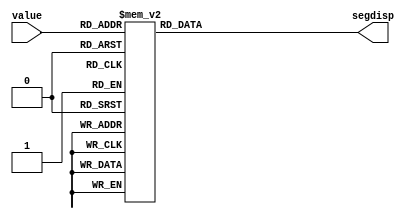
`timescale 1ns / 1ps

module translate(input [4:0] value, output reg [7:0] segdisp);
    always @ (value) begin
        case (value)
            0: segdisp <= 8'b11000000; // 0
            1: segdisp <= 8'b11111001; // 1
            2: segdisp <= 8'b10100100; // 2
            3: segdisp <= 8'b10110000; // 3
            4: segdisp <= 8'b10011001; // 4
            5: segdisp <= 8'b10010010; // 5
            6: segdisp <= 8'b10000010; // 6
            7: segdisp <= 8'b11111000; // 7
            8: segdisp <= 8'b10000000; // 8
            9: segdisp <= 8'b10010000; // 9
            11: segdisp <= 8'b10001100; // P
            12: segdisp <= 8'b10100001; // D
            13: segdisp <= 8'b10101111; // R
            14: segdisp <= 8'b10001000; // A
            15: segdisp <= 8'b11010101; // W    
            20: segdisp <= 8'b01000000; // 0.
            21: segdisp <= 8'b01111001; // 1.
            22: segdisp <= 8'b00100100; // 2.
            23: segdisp <= 8'b00110000; // 3.
            24: segdisp <= 8'b00011001; // 4.
            25: segdisp <= 8'b00010010; // 5.
            26: segdisp <= 8'b00000010; // 6.
            27: segdisp <= 8'b01111000; // 7.
            28: segdisp <= 8'b00000000; // 8.
            29: segdisp <= 8'b00010000; // 9.
            default: segdisp <= 8'b11111111; // empty
        endcase
    end
endmodule